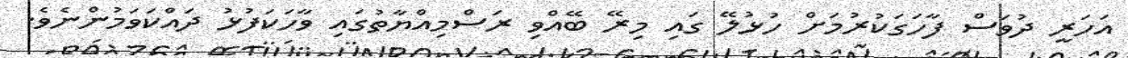
އަހަރީ ދުވަސް ފާހަގަކުުރުމަށް ހުޅުލޭ ގައި މިރޭ ބޭއްވި ރަސްމިއްޔާތުގައި ވާހަކަފުޅު ދައްކަވަމުންނެވެ.